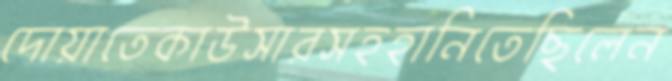
দোয়াতেকাউসারসহহানিতেছিলেন